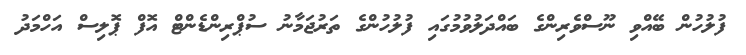
ފުލުހުން ބޭއްވި ނޫސްވެރިންގެ ބައްދަލުވުމުގައި ފުލުހުންގެ ތަރުޖަމާނު ސުޕްރިންޑެންޓް އޮފް ޕޮލިސް އަހްމަދު